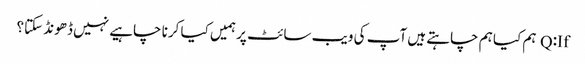
Q:If ہم کیا ہم چاہتے ہیں آپ کی ویب سائٹ پر ہمیں کیا کرنا چاہیے نہیں ڈھونڈ سکتا؟